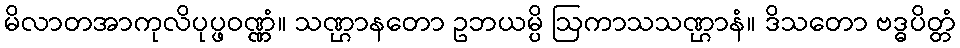
မိလာတအာကုလိပုပ္ဖဝဏ္ဏံ။ သဏ္ဌာနတော ဥဘယမ္ပိ ဩကာသသဏ္ဌာနံ။ ဒိသတော ဗဒ္ဓပိတ္တံ